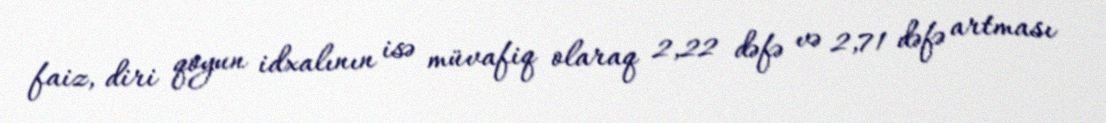
faiz, diri qoyun idxalının isə müvafiq olaraq 2,22 dəfə və 2,71 dəfə artması